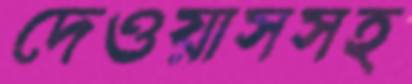
দেওয়াসসহ